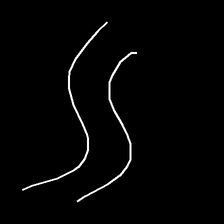
Glyph: float